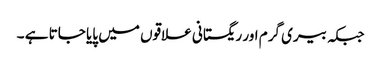
جبکہ بیری گرم اور ریگستانی علاقوں میں پایا جاتا ہے ۔